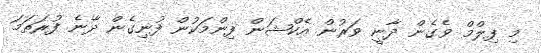
މި ފިލްމް ވެގެން ދާނީ ވަރުން އެކްޝަން ފިންމަކުން ފުނިގެން ދާނެ ފުރަތަމަ